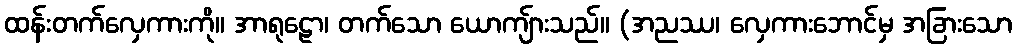
ထန်းတက်လှေကားကို။ အာရုဠော၊ တက်သော ယောကျ်ားသည်။ (အညဿ၊ လှေကားဘောင်မှ အခြားသော